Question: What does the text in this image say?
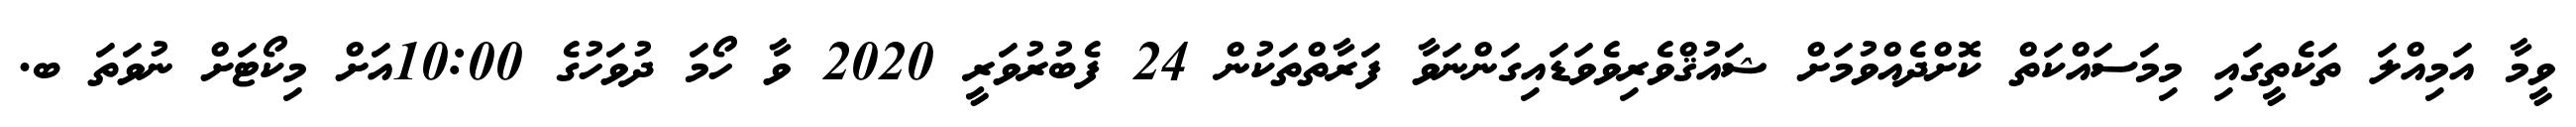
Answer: ވީމާ އަމިއްލަ ތަކެތީގައި މިމަސައްކަތް ކޮށްދެއްވުމަށް ޝައުޤްވެރިވެވަޑައިގަންނަވާ ފަރާތްތަކުން 24 ފެބުރުވަރީ 2020 ވާ ހޯމަ ދުވަހުގެ 10:00އަށް މިކޯޓަށް ނުވަތަ ބ.